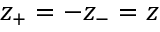
z _ { + } = - z _ { - } = z